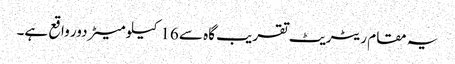
یہ مقام ریٹریٹ تقریب گاہ سے 16 کیلو میٹر دور واقع ہے۔